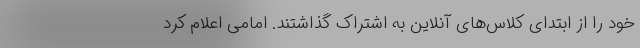
خود را از ابتدای کلاس‌های آنلاین به اشتراک گذاشتند. امامی اعلام کرد